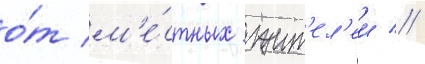
о́т м'е́стных жит'ел'еи //